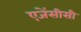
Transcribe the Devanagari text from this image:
एजेंसीसी